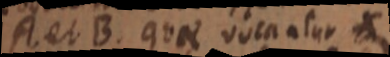
A et B. quae vocaatur